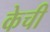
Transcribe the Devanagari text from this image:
केची